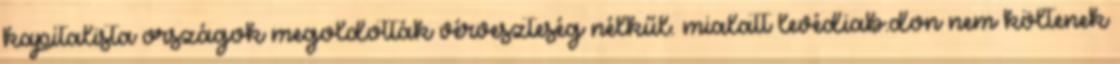
kapitalista országok megoldották vérveszteség nélkűl. mialatt levédiab.don nem költenek